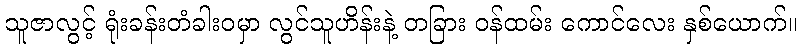
သူဇာလွင့် ရုံးခန်းတံခါးဝမှာ လွင်သူဟိန်းနဲ့ တခြား ဝန်ထမ်း ကောင်လေး နှစ်ယောက်။